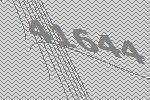
41644